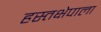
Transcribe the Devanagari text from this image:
हस्तक्षेपाला